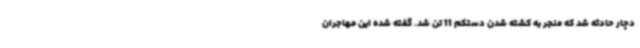
دچار حادثه شد که منجر به کشته شدن دستکم 11 تن شد. گفته شده این مهاجران